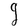
Character: g